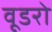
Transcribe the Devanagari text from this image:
वूडरो